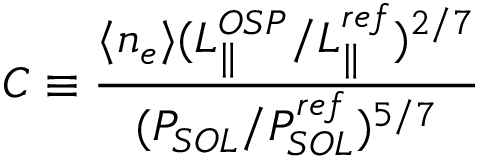
C \equiv \frac { \langle n _ { e } \rangle ( L _ { \parallel } ^ { O S P } / L _ { \parallel } ^ { r e f } ) ^ { 2 / 7 } } { ( P _ { S O L } / P _ { S O L } ^ { r e f } ) ^ { 5 / 7 } }